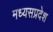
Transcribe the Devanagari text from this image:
मध्यसप्रदेश